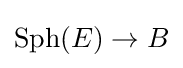
\operatorname {Sph} (E)\to B